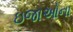
ઇજાઓના